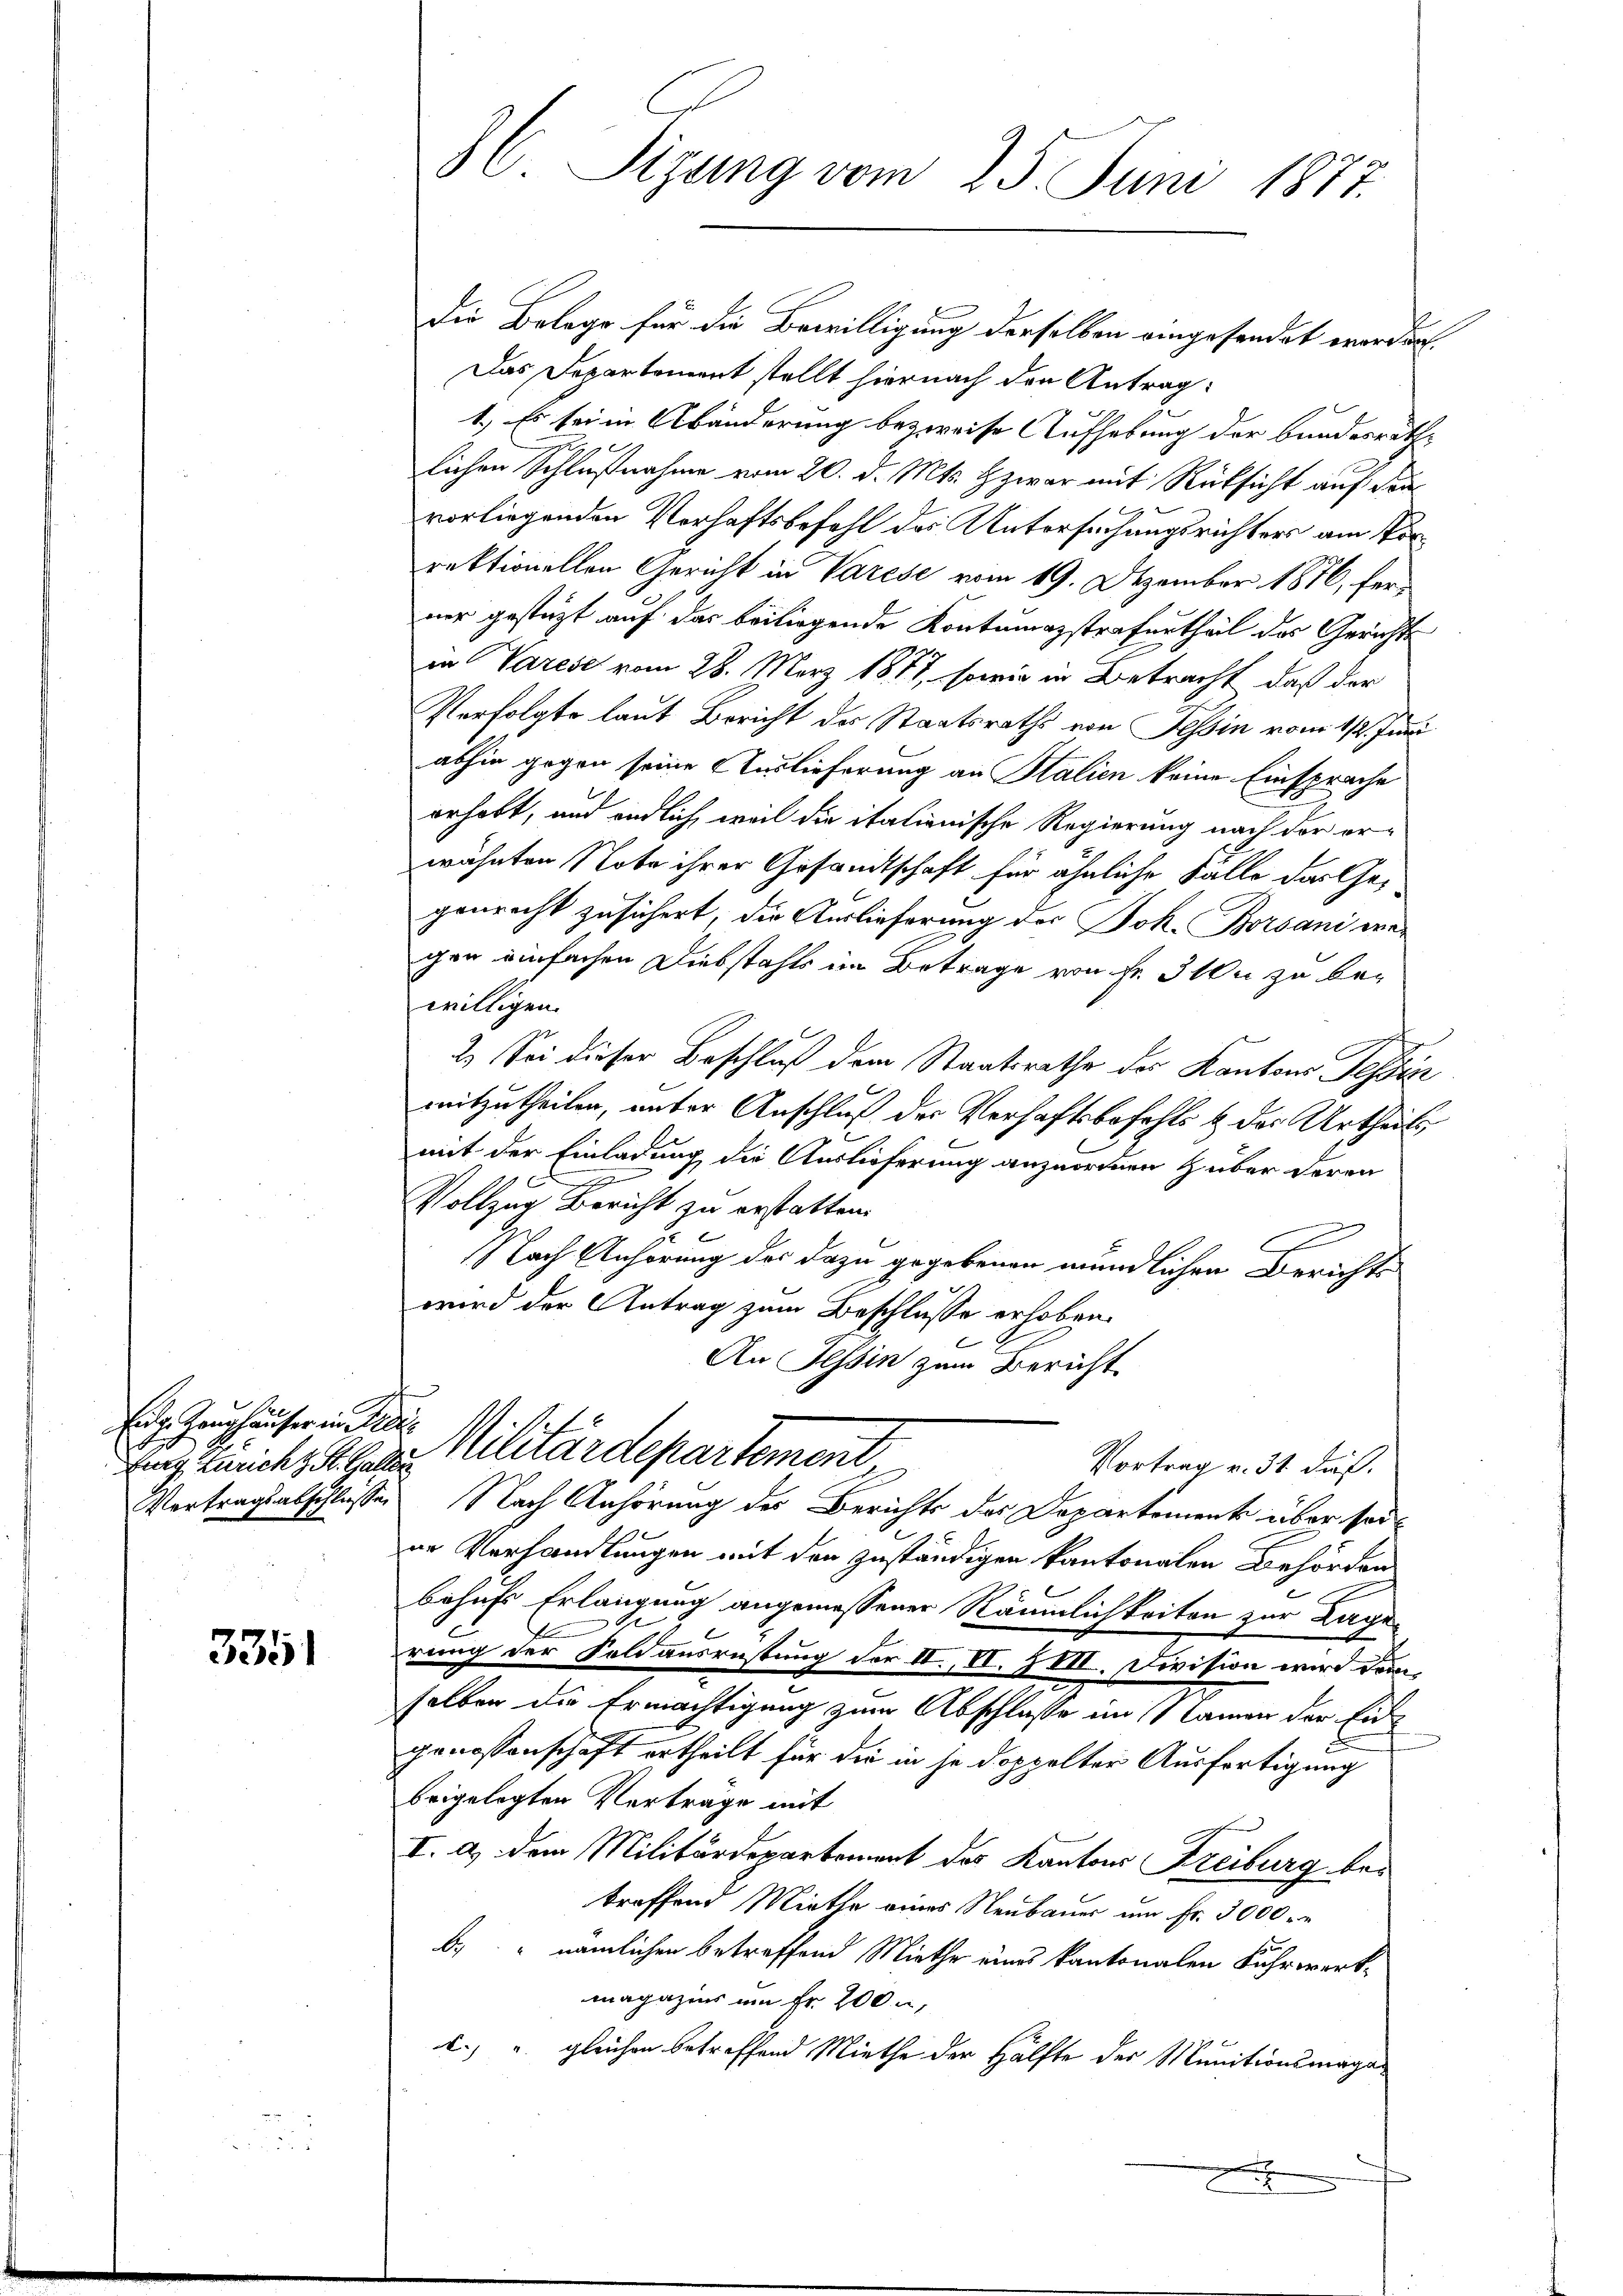
Enge Zeughäuser in Rede

3351

86. Sizung vom 25. Juni 1877.

Die Belege für die Bewilligung derselben eingesendet worder¬
Das Departement stellt hiernach den Antrag:
1.) Es sei in Abänderung bezweise Aufhebung der bundesräthlichen Schlußnahme vom 20. d. Mts. zwar mit Rücksicht auf da
vorliegenden Verhaftsbefehl des Untersuchungsrichters am Vorrektionellen Gericht in Varese vom 19. Dezember 1876, ferner gestützt auf das beiliegende Kontumazstrafurtheil des Gerichts
in Varese vom 28. März 1877, sowie in Betracht, daß der
Verfolgte laut Bericht des Staatsraths von Tessin vom 112. Juni
abhin gegen seine Auslieferung an Stalien keine Einsprache
erhabt, und endlich, weil die italienische Regierung nach der erwähnten Note ihrer Gesandtschaft für ähnliche Fälle das Gegenrecht zusichert, die Auslieferung der Joh. Borsani wegen einfachen Diebstahls im Betrage von Fr. 310 zu bewilligen.
2.) Sei dieser Beschluß dem Staatsrathe der Kantons Tessin
mitzutheilen, unter Anschluß des Verhaftsbefehls & des Urtheils
mit der Einladung die Auslieferung anzuordnen Huber deren
Vollzug Bericht zu erstatten.

f
Nach Anhörung des dazu gegebenen mündlichen Berichts
wird der Antrag zum Beschlusse erhoben.
6
An Hessin zum Bericht
Enge mich, als Militärdepartement,
Vortrag v. 31. dieß.
Vertragsabschlüsse Nach Anhörung des Berichts der Departement über seiur Verhandlungen mit den zuständigen kantonalen Behörden
behufs Erlangung angemessener Räumlichkeiten zur Lage
A
rung der Foldausrüstung der II., VI. IIII. Division wird derselben die Ermächtigung zum Abschlasse im Namen der Eingenossenschaft ertheilt für die in je doppelter Ausfertigung
beigelegten Verträge mit
I. a) dem Militärdepartement des Kantons Freiburg bei
treffend Miethe eines Neubauer um Fr. 3000 r
f
b. nämlichen betreffend Miethe eines kantonalen Fahrwerkmagazins um fr. 200,
c.) " gleichen betreffend Miethe der Hälfte der Munitionsmaga
x